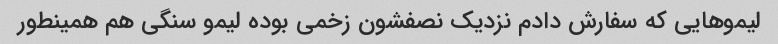
لیموهایی که سفارش دادم نزدیک نصفشون زخمی بوده لیمو سنگی هم همینطور